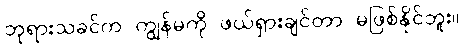
ဘုရားသခင်က ကျွန်မကို ဖယ်ရှားချင်တာ မဖြစ်နိုင်ဘူး။